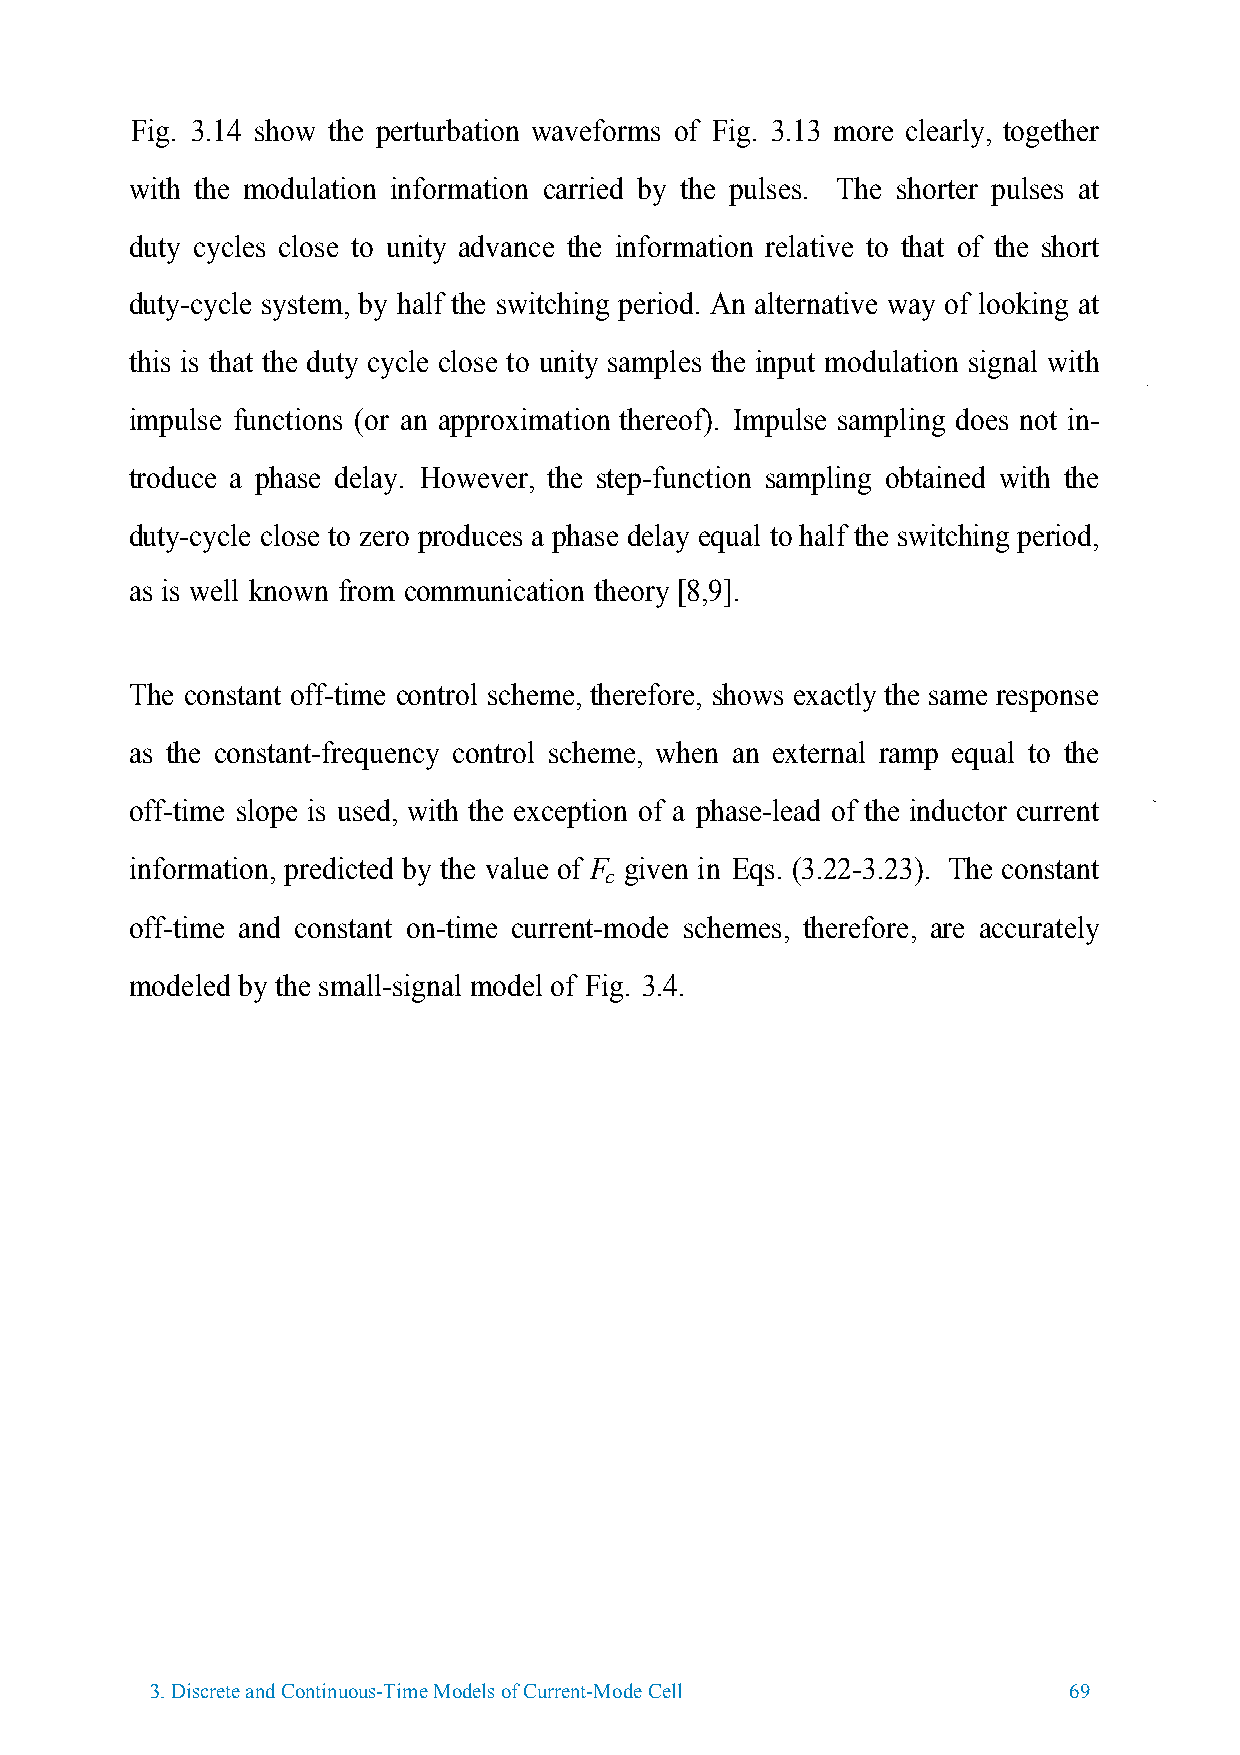
Fig. 3.14 show the perturbation waveforms of Fig. 3.13 more clearly, together
 with the modulation information carried by the pulses. The shorter pulses at
 duty cycles close to unity advance the information relative to that of the short
 duty-cycle system, by half the switching period. An alternative way of looking at
 this is that the duty cycle close to unity samples the input modulation signal with
 impulse functions (or an approximation thereof). Impulse sampling does not in-
 troduce a phase delay. However, the step-function sampling obtained with the
 duty-cycle close to zero produces a phase delay equal to half the switching period,
 as is well known from communication theory [8,9].
 The constant off-time control scheme, therefore, shows exactly the same response
 as the constant-frequency control scheme, when an external ramp equal to the
 off-time slope is used, with the exception of a phase-lead of the inductor current
 information, predicted by the value of F given in Eqs. (3.22-3.23). The constant
 c
 off-time and constant on-time current-mode schemes, therefore, are accurately
 modeled by the small-signal model of Fig. 3.4.
 3.Discrete and Continuous-Time Models of Current-Mode Cell   69